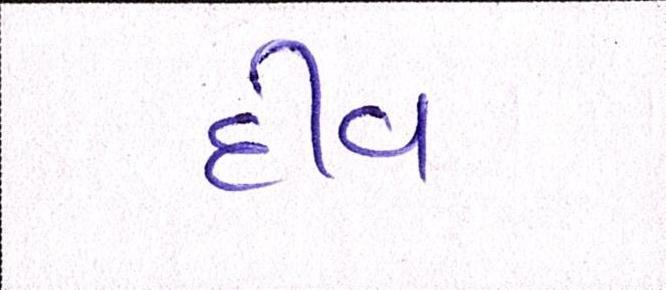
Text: દીવ